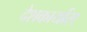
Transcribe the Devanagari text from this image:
देशकार्यास